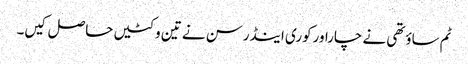
ٹم ساؤتھی نے چاراورکوری اینڈرسن نے تین وکٹیں حاصل کیں۔